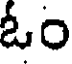
ఓం